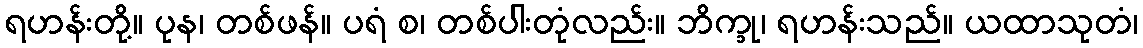
ရဟန်းတို့။ ပုန၊ တစ်ဖန်။ ပရံ စ၊ တစ်ပါးတုံလည်း။ ဘိက္ခု၊ ရဟန်းသည်။ ယထာသုတံ၊